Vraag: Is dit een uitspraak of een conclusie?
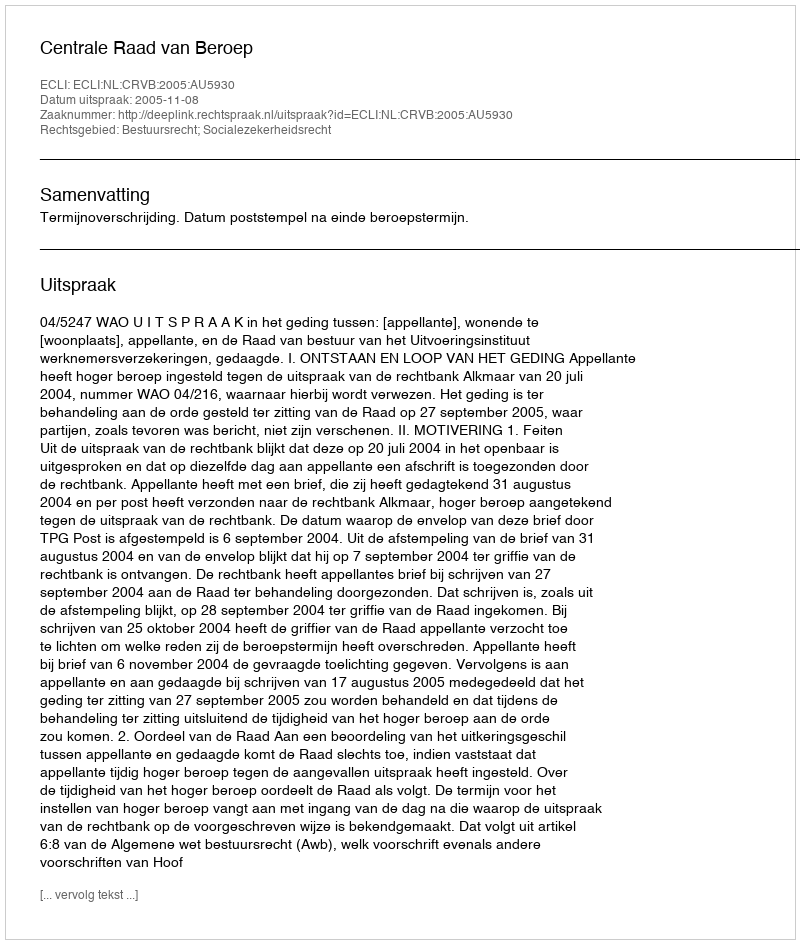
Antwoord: Uitspraak